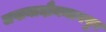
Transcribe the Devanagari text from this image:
लखनादौननागपुर